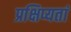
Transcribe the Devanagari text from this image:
प्रक्षिप्यतां